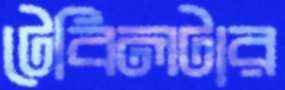
টেবিলটার